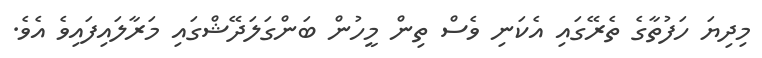
މިދިޔަ ހަފުތާގެ ތެރޭގައި އެކަނި ވެސް ތިން މީހުން ބަންގަލަދޭޝްގައި މަރާލައިފައިވެ އެވެ.